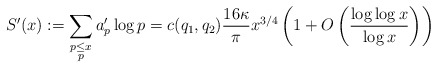
\begin{align*}S'(x) := \sum_{\substack{p\leq x\\p}}a'_p\log p = c(q_1, q_2)\frac{16\kappa}{\pi} x^{3/4}\left(1+O\left(\frac{\log\log x}{\log x}\right)\right)\end{align*}